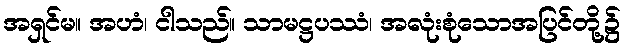
အရှင်မ။ အဟံ၊ ငါသည်။ သာမဋ္ဌပဿံ၊ အလုံးစုံသောအပြင်တို့၌